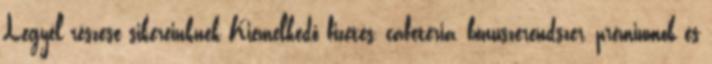
Legyél részese sikereinknek Kiemelkedő fizetés, cafetéria, bónuszerendszer, prémiumok és